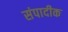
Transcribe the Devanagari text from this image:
संपादीक